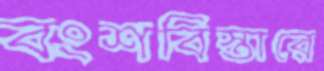
বংশবিস্তারে